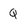
Character: Q